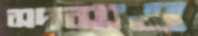
সদস্যও